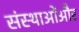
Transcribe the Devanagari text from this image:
संस्थाओंऔर